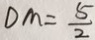
D M = \frac { 5 } { 2 }